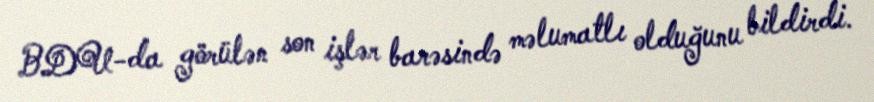
BDU-da görülən son işlər barəsində məlumatlı olduğunu bildirdi.